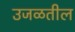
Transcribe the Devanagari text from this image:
उजळतील